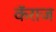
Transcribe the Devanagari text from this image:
कॅराज